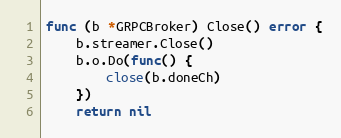
Language: Go
func (b *GRPCBroker) Close() error {
	b.streamer.Close()
	b.o.Do(func() {
		close(b.doneCh)
	})
	return nil